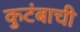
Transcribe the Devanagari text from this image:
कुटंबाची